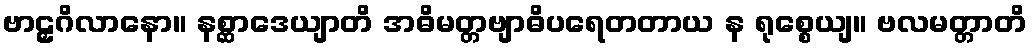
ဗာဠှဂိလာနော။ နစ္ဆာဒေယျာတိ အဓိမတ္တဗျာဓိပရေတတာယ န ရုစ္စေယျ။ ဗလမတ္တာတိ